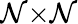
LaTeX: \mathcal{N}×\mathcal{N}